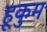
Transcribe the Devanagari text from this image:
हूकुम